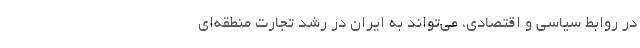
در روابط سیاسی و اقتصادی، می‌تواند به ایران در رشد تجارت منطقه‌ای